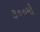
૩૦૦મો